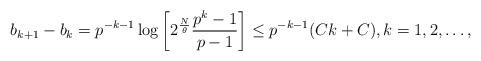
LaTeX: \begin{align*}b_{k+1}-b_k=p^{-k-1}\log\left[2^{\frac{N}{\theta}}\frac{p^k-1}{p-1}\right]\le p^{-k-1}(Ck+C),k=1,2,\dots,\end{align*}